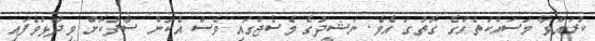
ކުރައްވާ މަސައްކަތެއްގެ ގޮތުގަ އެވެ. ނަޝީދުގެ މެސެޖްގައި ވެސް އެކަން ސާފުކޮށް ވިދާޅުވެފައި